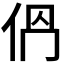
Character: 𠈕